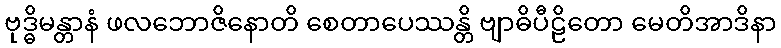
ဗုဒ္ဓိမန္တာနံ ဖလဘောဇိနောတိ စေတာပေဿန္တိ ဗျာဓိပီဠိတော မေတိအာဒိနာ